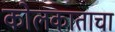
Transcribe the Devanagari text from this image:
कोलकाताचा